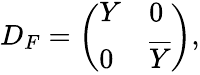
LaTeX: D_{F}=\left(\begin{array}{ll}{{Y}}&{{0}}\\ {{0}}&{{\overline{{{Y}}}}}\end{array}\right),